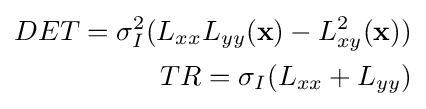
{\begin{aligned}DET=\sigma _{I}^{2}(L_{xx}L_{yy}(\mathbf {x} )-L_{xy}^{2}(\mathbf {x} ))\\TR=\sigma _{I}(L_{xx}+L_{yy})\end{aligned}}